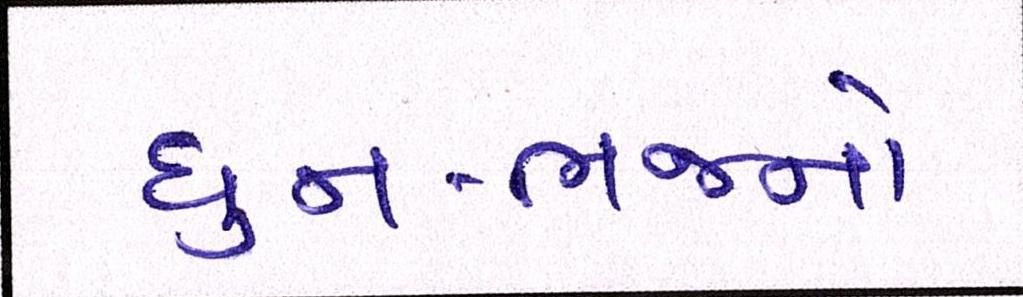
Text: ધુન-ભજનો